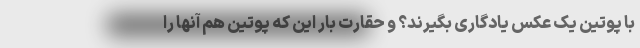
با پوتین یک عکس یادگاری بگیرند؟ و حقارت بار این که پوتین هم آنها را